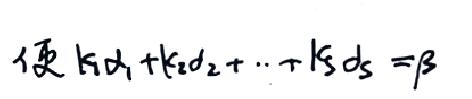
便 $k_{1}d_{1}+k_{2}d_{2}+\cdots +k_{s}d_{s}=\beta$